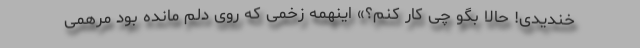
خندیدی! حالا بگو چی کار کنم؟» اینهمه زخمی که روی دلم مانده بود مرهمی